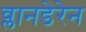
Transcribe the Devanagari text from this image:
व्लानडेरेन